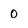
Character: O